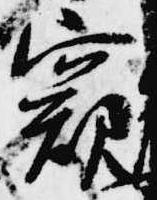
窺